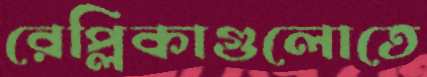
রেপ্লিকাগুলোতে